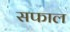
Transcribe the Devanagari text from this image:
सफाल